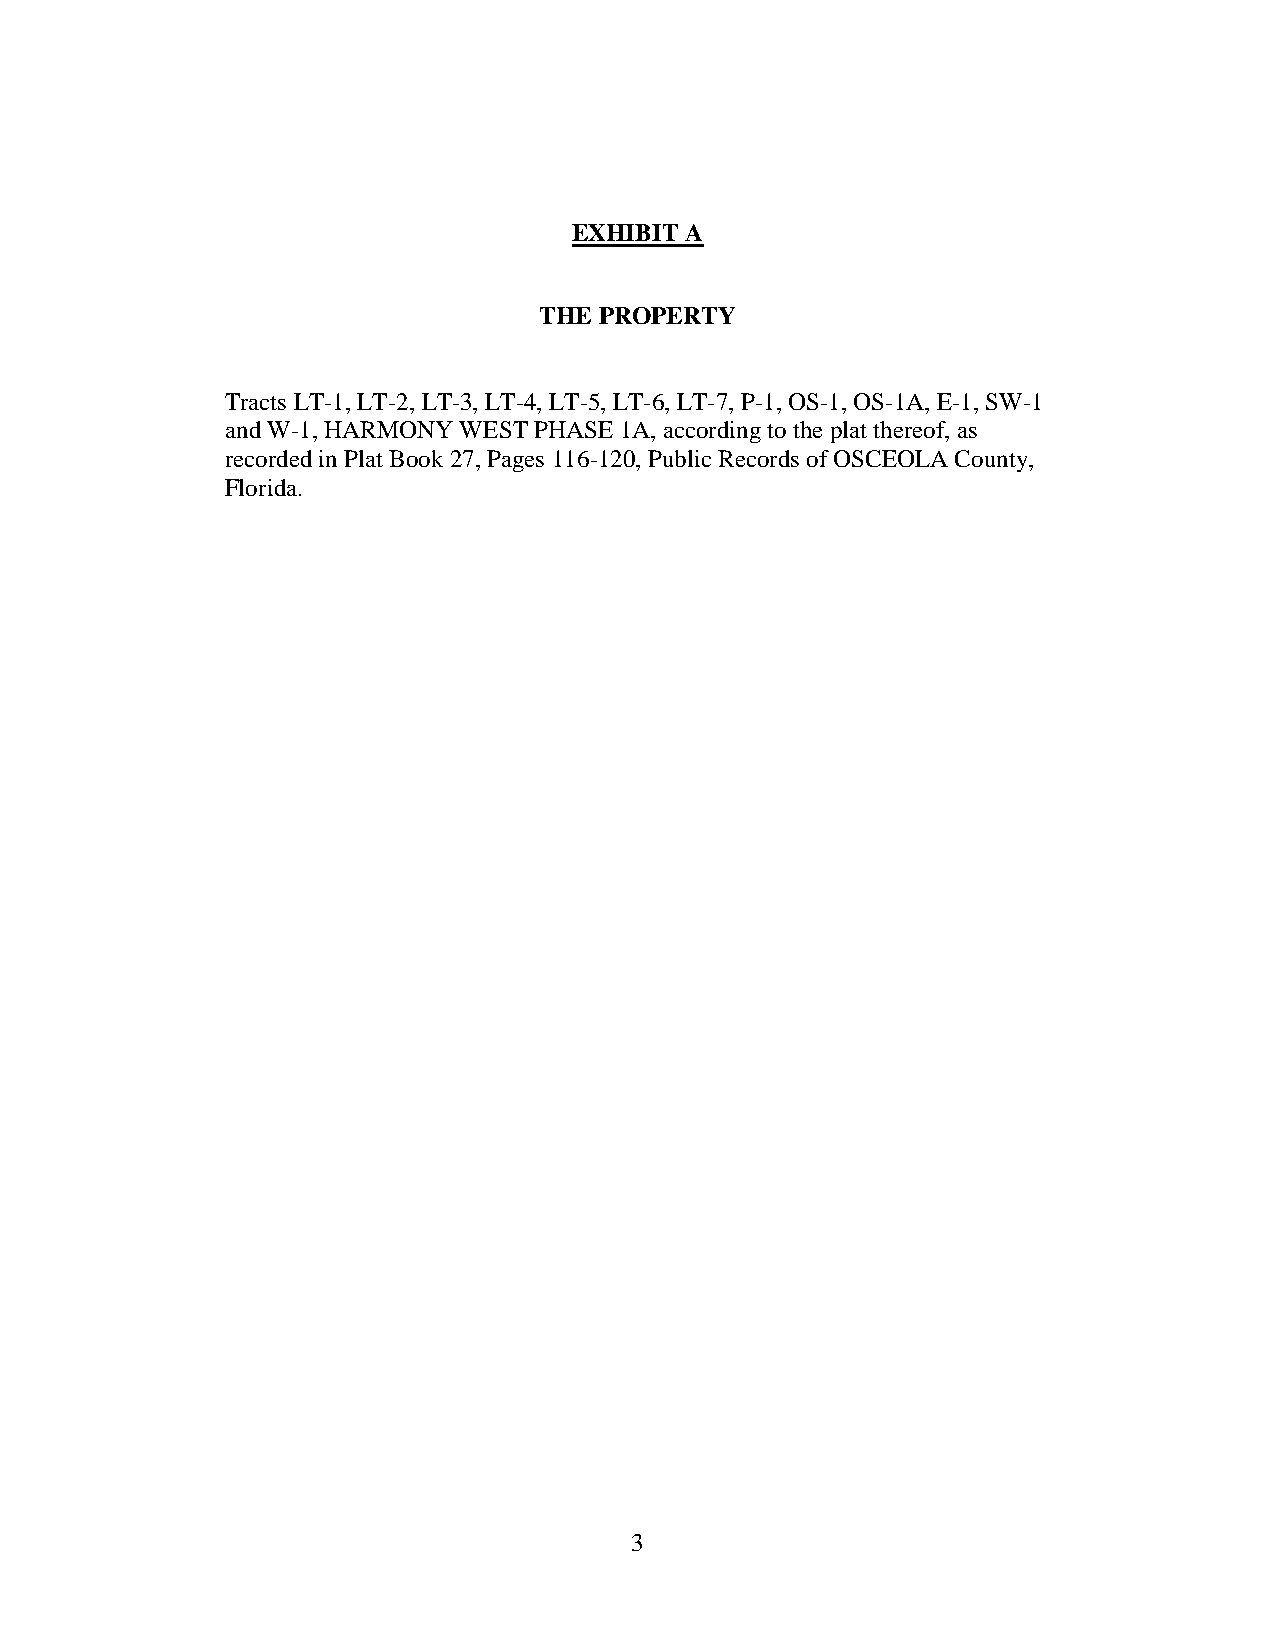
EXHIBIT A
 THE PROPERTY
 Tracts LT-1, LT-2, LT-3, LT-4, LT-5, LT-6, LT-7, P-1, OS-1, OS-1A, E-1, SW-1
 and W-1, HARMONY WEST PHASE 1A, according to the plat thereof, as
 recorded in Plat Book 27, Pages 116-120, Public Records of OSCEOLA County,
 Florida.
 3